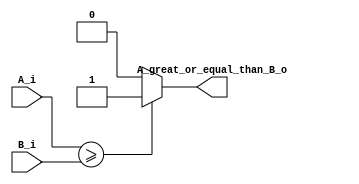
module comparatorGreatOrEqualThan
#(
   parameter DATA_WIDTH = 32
)(
	input [DATA_WIDTH-1:0]  A_i,
	input [DATA_WIDTH-1:0]  B_i, 
	output                  A_great_or_equal_than_B_o
);

assign A_great_or_equal_than_B_o = ( $signed(A_i) >= $signed(B_i) ) ? 1'b1 :  1'b0;

endmodule